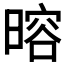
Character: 𬁎